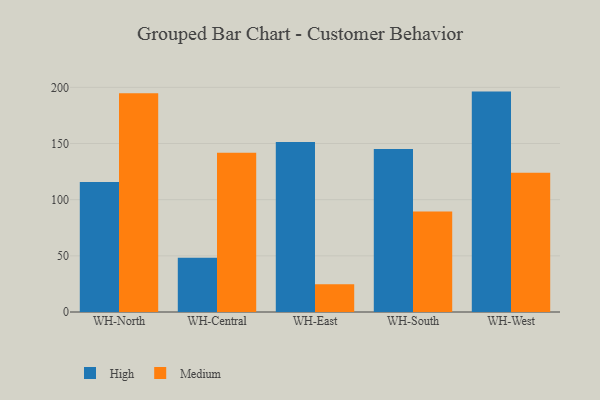
{"axis": {"x": "Warehouse", "y": "Inventory Turnover"}, "legend": ["High", "Medium"], "data": [{"x": "WH-North", "y": 115.8, "type": "High"}, {"x": "WH-North", "y": 194.8, "type": "Medium"}, {"x": "WH-Central", "y": 48.3, "type": "High"}, {"x": "WH-Central", "y": 141.7, "type": "Medium"}, {"x": "WH-East", "y": 151.4, "type": "High"}, {"x": "WH-East", "y": 24.8, "type": "Medium"}, {"x": "WH-South", "y": 145.0, "type": "High"}, {"x": "WH-South", "y": 89.5, "type": "Medium"}, {"x": "WH-West", "y": 196.2, "type": "High"}, {"x": "WH-West", "y": 123.9, "type": "Medium"}]}